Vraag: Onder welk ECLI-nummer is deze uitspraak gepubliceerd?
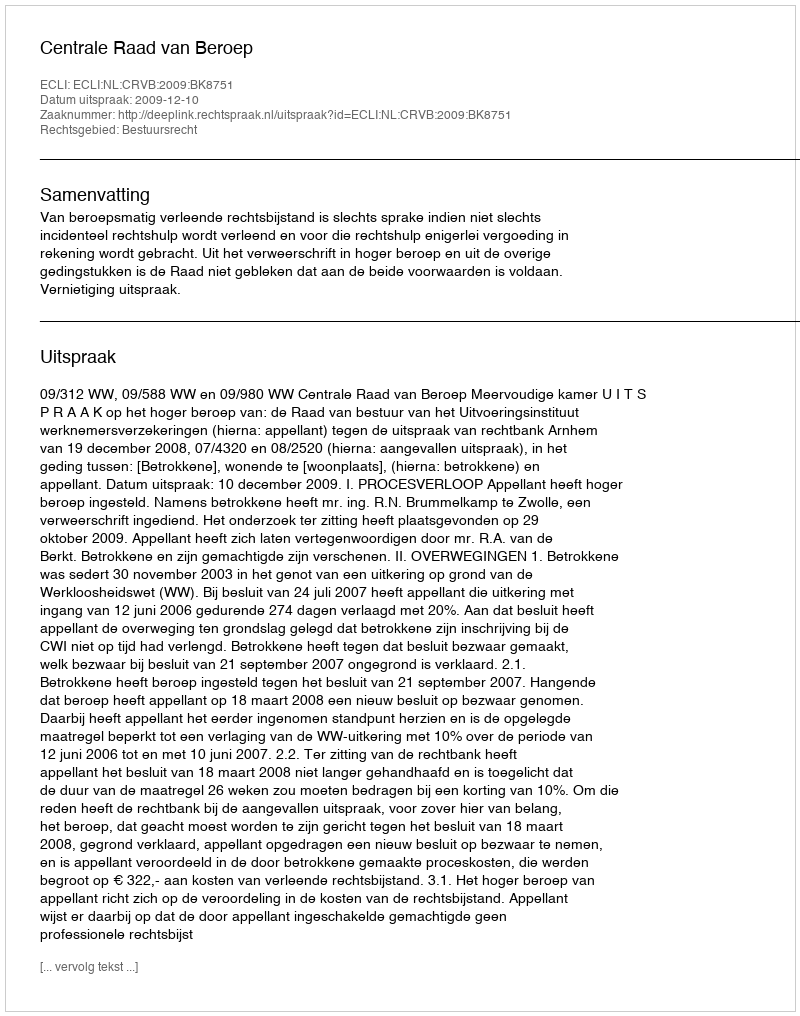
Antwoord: ECLI:NL:CRVB:2009:BK8751